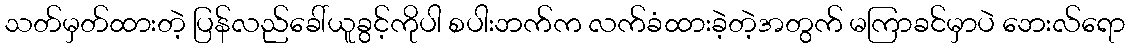
သတ်မှတ်ထားတဲ့ ပြန်လည်ခေါ်ယူခွင့်ကိုပါ စပါးဘက်က လက်ခံထားခဲ့တဲ့အတွက် မကြာခင်မှာပဲ ဘေးလ်ရော